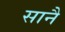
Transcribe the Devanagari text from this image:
सानै